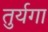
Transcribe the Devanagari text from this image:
तुर्यगा